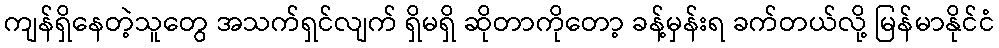
ကျန်ရှိနေတဲ့သူတွေ အသက်ရှင်လျက် ရှိမရှိ ဆိုတာကိုတော့ ခန့်မှန်းရ ခက်တယ်လို့ မြန်မာနိုင်ငံ